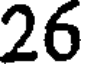
26